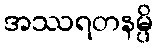
အဿရတနမ္ပိ